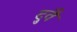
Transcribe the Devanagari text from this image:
दुवै